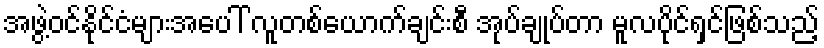
အဖွဲ့ဝင်နိုင်ငံများအပေါ် လူတစ်ယောက်ချင်းစီ အုပ်ချုပ်တာ မူလပိုင်ရှင်ဖြစ်သည့်